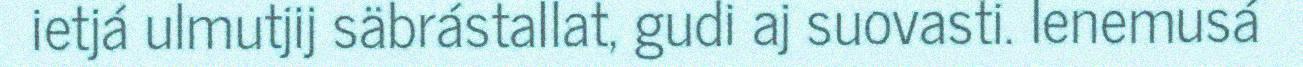
ietjá ulmutjij säbrástallat, gudi aj suovasti. Ienemusá